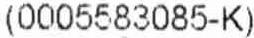
(0005583085-K)